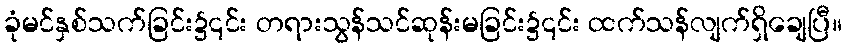
ခုံမင်နှစ်သက်ခြင်း၌၎င်း တရားသွန်သင်ဆုန်းမခြင်း၌၎င်း ထက်သန်လျက်ရှိချေပြီ။